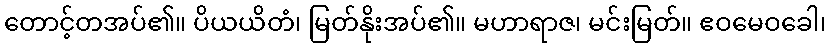
တောင့်တအပ်၏။ ပိယယိတံ၊ မြတ်နိုးအပ်၏။ မဟာရာဇ၊ မင်းမြတ်။ ဧဝမေဝခေါ၊